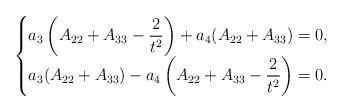
LaTeX: \begin{align*}\begin{cases}a_3\left(A_{22}+A_{33}-\dfrac{2}{t^2}\right)+a_4(A_{22}+A_{33})=0,\\a_3(A_{22}+A_{33})-a_4\left(A_{22}+A_{33}-\dfrac{2}{t^2}\right)=0.\end{cases}\end{align*}